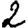
Digit: 2